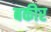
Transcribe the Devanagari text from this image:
बकीर